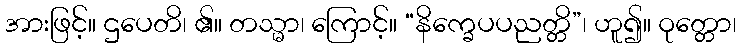
အားဖြင့်။ ဌပေတိ၊ ၏။ တသ္မာ၊ ကြောင့်။ “နိက္ခေပပညတ္တိ”၊ ဟူ၍။ ဝုတ္တော၊